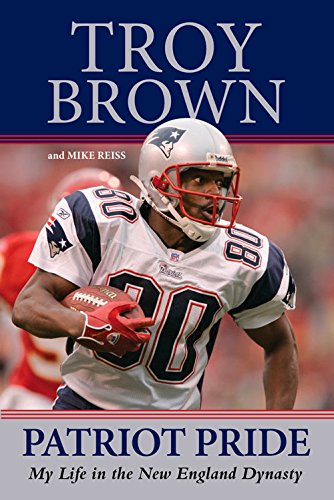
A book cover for Patriot Pride: My Life in the New England Dynasty; Troy Brown; Biographies & Memoirs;